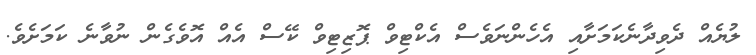
ލުޔެއް ދެވިދާނެކަމަށާއި އެހެންނަވެސް އެކްޓިވް ޕޮޒިޓިވް ކޭސް އެއް އޮވެގެން ނުވާނެ ކަމަށެވެ.